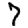
Digit: 7